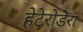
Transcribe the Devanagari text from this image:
हेटेरोडेरा